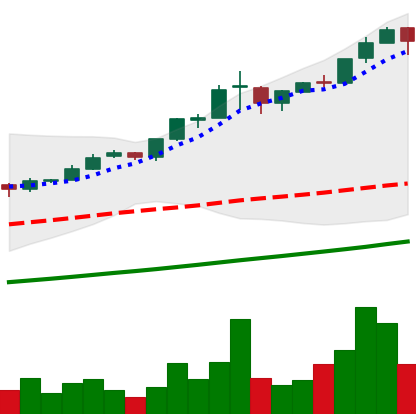
Ticker: BTC-USD
Chart end date: 2017-03-04
Forward return: -5.311%
Label: down_5_7